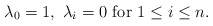
\begin{align*}\lambda_0=1,\ \lambda_i=0\ \mbox{for } 1\leq i\leq n.\end{align*}